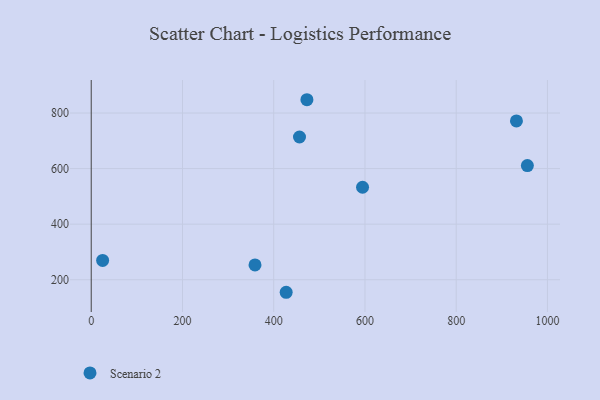
{"axis": {"x": "Study Hours", "y": "Demand"}, "legend": ["Scenario 2"], "data": [{"x": "594.7", "y": 532.9, "type": "Scenario 2"}, {"x": "956.0", "y": 611.0, "type": "Scenario 2"}, {"x": "472.8", "y": 847.9, "type": "Scenario 2"}, {"x": "359.0", "y": 253.4, "type": "Scenario 2"}, {"x": "427.3", "y": 154.8, "type": "Scenario 2"}, {"x": "932.0", "y": 771.5, "type": "Scenario 2"}, {"x": "456.5", "y": 713.7, "type": "Scenario 2"}, {"x": "25.0", "y": 269.4, "type": "Scenario 2"}]}